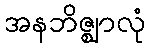
အနဘိဇ္ဈာလုံ